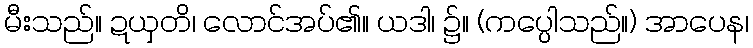
မီးသည်။ ဍယှတိ၊ လောင်အပ်၏။ ယဒါ၊ ၌။ (ကပ္ပေါသည်။) အာပေန၊